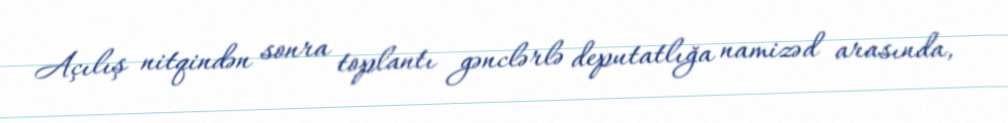
Açılış nitqindən sonra toplantı gənclərlə deputatlığa namizəd arasında,